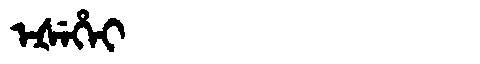
Manchu: ᡝᡧᡝᡥᡝᡳ
Romanization: EŠEHEI